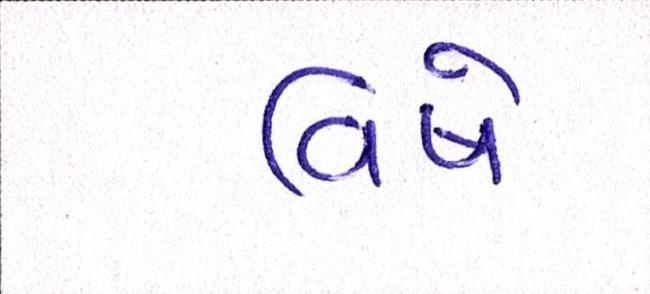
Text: વિષે